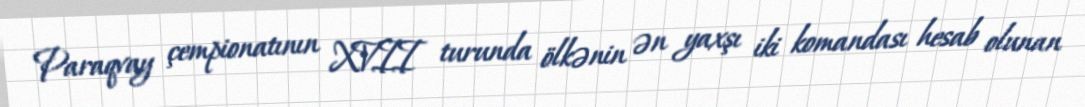
Paraqvay çempionatının XVII turunda ölkənin ən yaxşı iki komandası hesab olunan